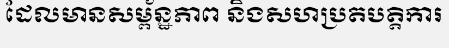
ដែលមានសម្ព័ន្ឋភាព និងសហប្រតបត្តិការ